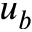
u _ { b }